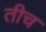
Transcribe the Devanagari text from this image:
तीच